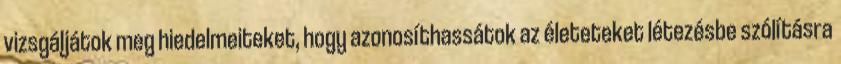
vizsgáljátok meg hiedelmeiteket, hogy azonosíthassátok az életeteket létezésbe szólításra